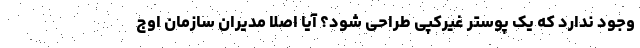
وجود ندارد که یک پوستر غیرکپی طراحی شود؟ آیا اصلا مدیران سازمان اوج